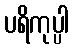
ပရိကုပ္ပါ